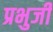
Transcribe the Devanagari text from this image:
प्रभुजी